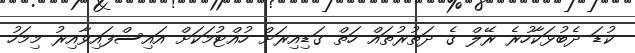
ކުޑަ ދެބުޅަކާހުރެ ރޭލް ގެ ދަތުރުތައް ހަތް ގަޑިއިރަށް ހުއްޓުމަކަށް އައިސްފައިވާއިރު މިމަހު